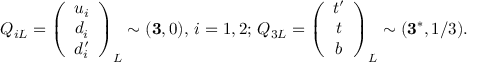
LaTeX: Q _ { i L } = \left( \begin{array} { c } { { u _ { i } } } \\ { { d _ { i } } } \\ { { d _ { i } ^ { \prime } } } \end{array} \right) _ { L } \sim ( { \bf 3 } , 0 ) , \, i = 1 , 2 ; \, Q _ { 3 L } = \left( \begin{array} { c } { { t ^ { \prime } } } \\ { { t } } \\ { { b } } \end{array} \right) _ { L } \sim ( { \bf 3 } ^ { * } , 1 / 3 ) .